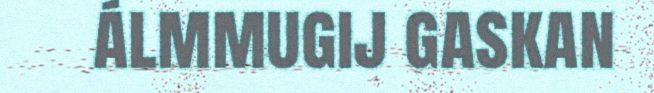
álmmugij gaskan